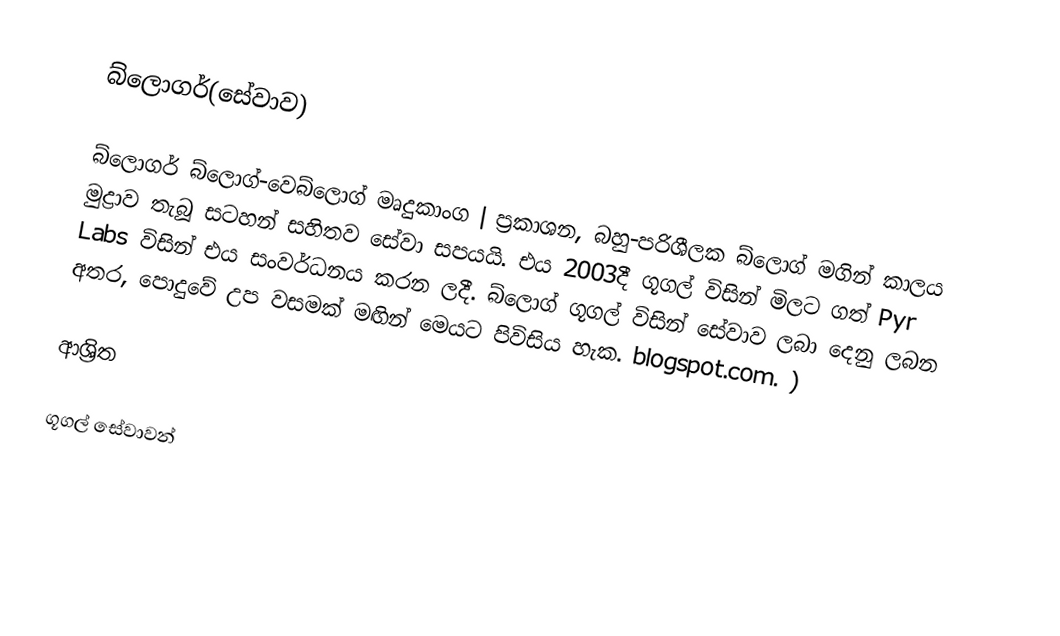
බ්ලොගර්(සේවාව)

බ්ලොගර් බ්ලොග්-වෙබ්ලොග් මෘදුකාංග | ප්‍රකාශන, බහු-පරිශීලක බ්ලොග් මගින් කාලය මුද්‍රාව තැබූ සටහන් සහිතව සේවා සපයයි. එය 2003දී ගූගල් විසින් මිලට ගත් Pyr Labs විසින් එය සංවර්ධනය කරන ලදී. බ්ලොග් ගූගල් විසින් සේවාව ලබා දෙනු ලබන අතර, පොදුවේ උප වසමක් මඟින් මෙයට පිවිසිය හැක. blogspot.com. )

ආශ්‍රිත

ගූගල් සේවාවන්